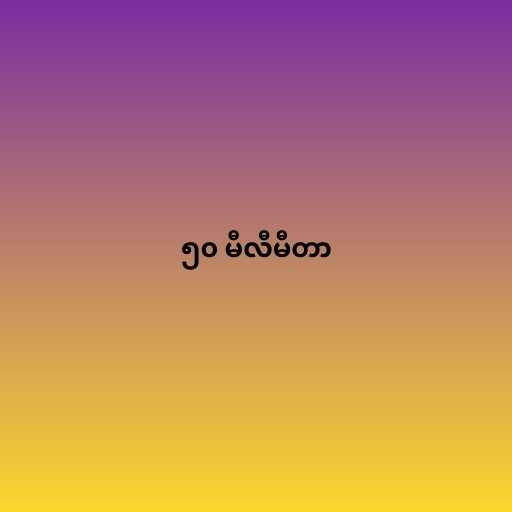
၅၀ မီလီမီတာ